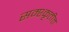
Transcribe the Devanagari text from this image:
सम्श्कृतीत